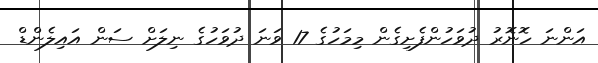
އަންނަ ހޮނޮރު ދުވަހުންފެށިގެން މިމަހުގެ 17 ވަނަ ދުވަހުގެ ނިލަށް ސަން އައިލެންޑް